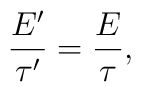
\frac{E'}{\tau'} = \frac{E}{\tau} ,